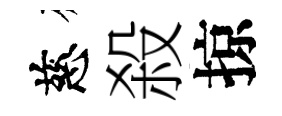
慈殺掠